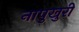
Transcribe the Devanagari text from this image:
नापुखुरी